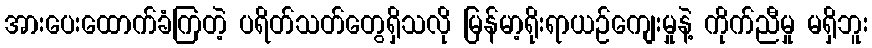
အားပေးထောက်ခံကြတဲ့ ပရိတ်သတ်တွေရှိသလို မြန်မာ့ရိုးရာယဉ်ကျေးမှုနဲ့ ကိုက်ညီမှု မရှိဘူး